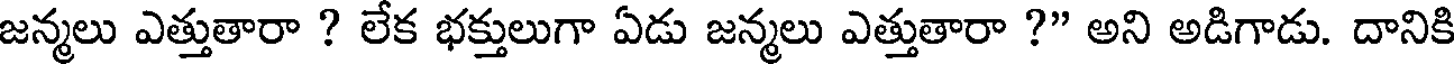
జన్మలు ఎత్తుతారా ? లేక భక్తులుగా ఏడు జన్మలు ఎత్తుతారా ?" అని అడిగాడు. దానికి